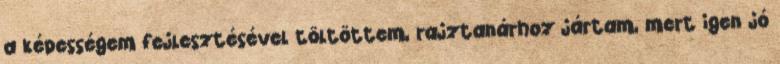
a képességem fejlesztésével töltöttem, rajztanárhoz jártam, mert igen jó